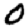
Digit: 0